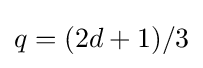
q=(2d+1)/3